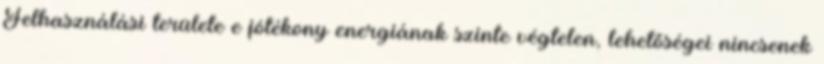
Felhasználási területe e jótékony energiának szinte végtelen, lehetőségei nincsenek